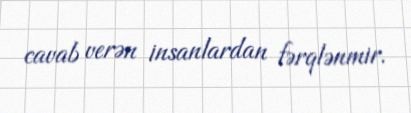
cavab verən insanlardan fərqlənmir.